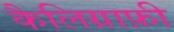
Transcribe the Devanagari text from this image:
कैलिग्राफ़ी